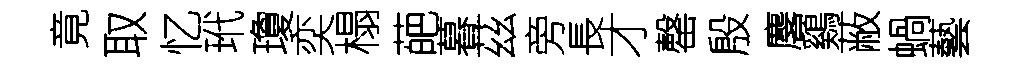
竟取忆玳瓊奕榻葩暮茲旁長才罄殷麐鷄蔽蝸藝